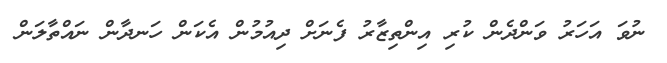
ނުވަ އަހަރު ވަންދެން ކުރި އިންތިޒާރު ފެނަށް ދިއުމުން އެކަން ހަނދާން ނައްތާލަން